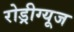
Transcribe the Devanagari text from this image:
रोड्रीग्यूज